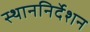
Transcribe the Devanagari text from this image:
स्थाननिर्देशन